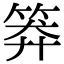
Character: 𥮎